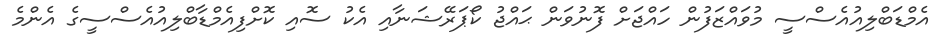
އެމްޑަބްލިއުއެސްސީ މުވައްޒަފުން ހައްޖަށް ފޮނުވަން ޙައްޖު ކޯޕަރޭޝަނާއި އެކު ސޮއި ކޮށްފިއެމްޑާބްލިއުއެސްސީގެ އެންމެ